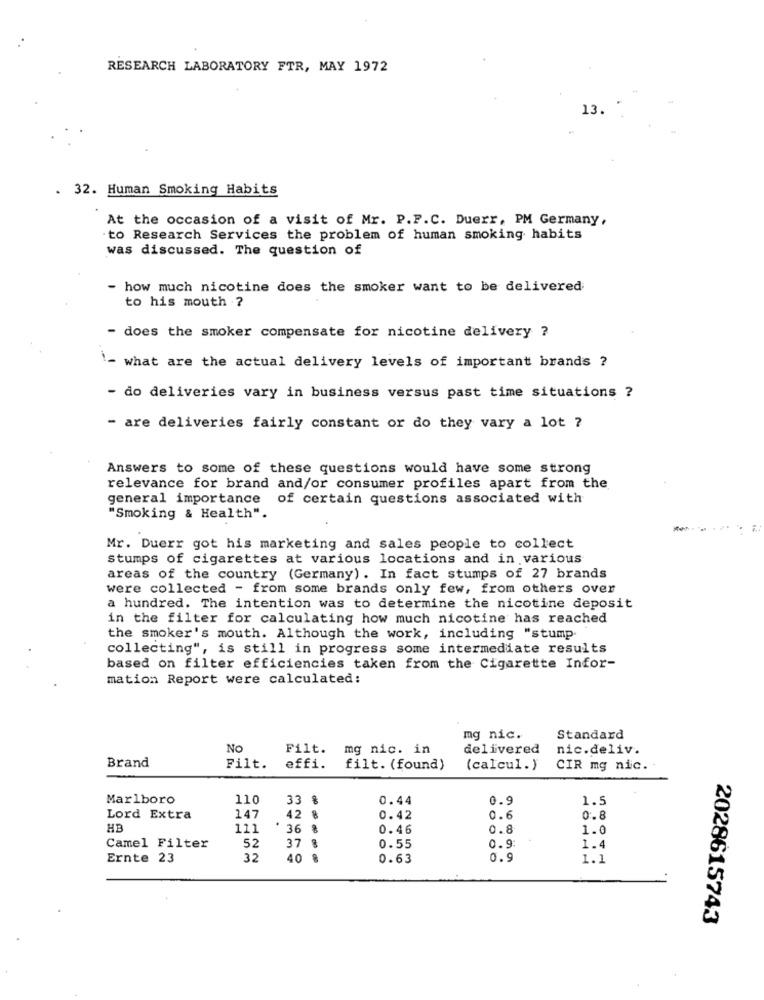
RESEARCH LABORATORY FTR, MAY 1972
13.
. 32. Human Smoking Habits
At the occasion of a visit of Mr. P.F.C. Duerr, PM Germany,
.to Research Services the problem of human smoking habits
was discussed. The question of
how much nicotine does the smoker want to be delivered
to his mouth ?
- does the smoker compensate for nicotine delivery ?
What are the actual delivery levels of important brands ?
- do deliveries vary in business versus past time situations ?
- are deliveries fairly constant or do they vary a lot ?
Answers to some of these questions would have some strong
relevance for brand and/or consumer profiles apart from the
general importance of certain questions associated with
"Smoking & Health".
Mr. Duerr got his marketing and sales people to collect
stumps of cigarettes at various locations and in various
areas of the country (Germany). In fact stumps of 27 brands
were collected - from some brands only few, from others over
a hundred. The intention was to determine the nicotine deposit
in the filter for calculating how much nicotine has reached
the smoker's mouth. Although the work, including "stump
collecting", is still in progress some intermediate results
based on filter efficiencies taken from the Cigarette Infor-
mation Report were calculated:
mg nic.
Standard
No
Filt. mg nic. in
delivered
nic.deliv.
Brand
Filt.
effi.
filt. (found)
(calcul.)
CIR mg nic.
Marlboro
110
33
0.44
0.9
1.5
Lord Extra
147
42
8
0.42
0.6
0.8
HB
111
36
0. 46
0.8
1.0
52
37 %
Camel Filter
0.55
0.9
1.4
Ernte 23
32
40 %
0.63
0.9
1.1
2028615743